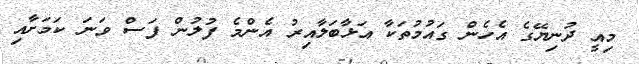
މިއީ ދުނިޔޭގެ އެހެން ގައުމުތަކާ އަޅާބަލާއިރު އެންމެ ފުލުން ފަސް ވަނަ ކަމަށާއި